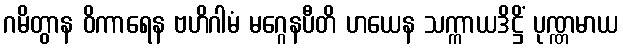
ဂမိတွာန ဝိကာရေန ဗဟိဂါမံ မဂ္ဂေနပီတိ ဟယေန သက္ကာယဒိဋ္ဌိံ ပုဏ္ဏမာယ